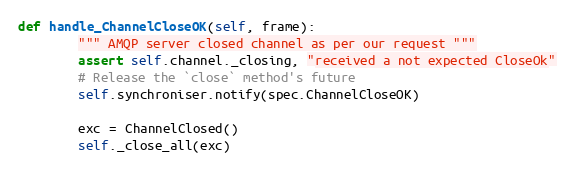
Language: Python
def handle_ChannelCloseOK(self, frame):
        """ AMQP server closed channel as per our request """
        assert self.channel._closing, "received a not expected CloseOk"
        # Release the `close` method's future
        self.synchroniser.notify(spec.ChannelCloseOK)

        exc = ChannelClosed()
        self._close_all(exc)